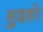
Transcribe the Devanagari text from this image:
हुइहो